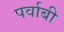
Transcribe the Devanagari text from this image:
पर्वाबी